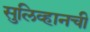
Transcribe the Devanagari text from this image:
सुलिव्हानची